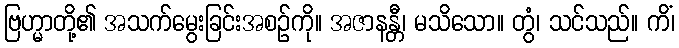
ဗြဟ္မာတို့၏ အသက်မွေးခြင်းအစဉ်ကို။ အဇာနန္တီ၊ မသိသော။ တွံ၊ သင်သည်။ ကိံ၊